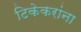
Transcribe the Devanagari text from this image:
टिकेकरांना